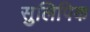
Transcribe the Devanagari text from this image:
सुलिपिक